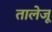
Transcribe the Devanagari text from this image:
तालेजू